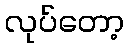
လုပ်တော့